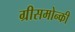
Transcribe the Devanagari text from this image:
ग्रीसमोन्की